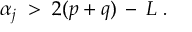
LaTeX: \alpha _ { j } \; > \; 2 ( p + q ) \: - \: L \; .